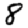
Digit: 8